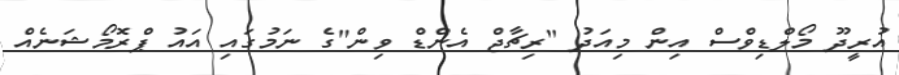
އުރީދޫ މޯލްޑިވްސް އިން މިއަދު "ރިޗާޖް އެންޑް ވިން"ގެ ނަމުގައި އައު ޕްރޮމޯޝަނެއް